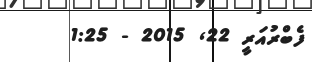
ފެބްރުއަރީ 22